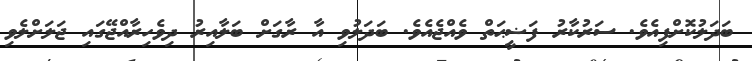
ބަދަލުކޮށްފިއެވެ. ސަރުކާރު ފަޟީޙަތް ވެއްޖެއެވެ. ބަދަލުވި އާ ރާގަށް ބަލާއިރު ދިވެހިރާއްޖޭގައި ޖަލަށްލެވި